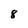
Character: 8